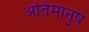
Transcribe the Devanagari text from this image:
अतिमानुष